Annual report of the Imperial Bacteriologist
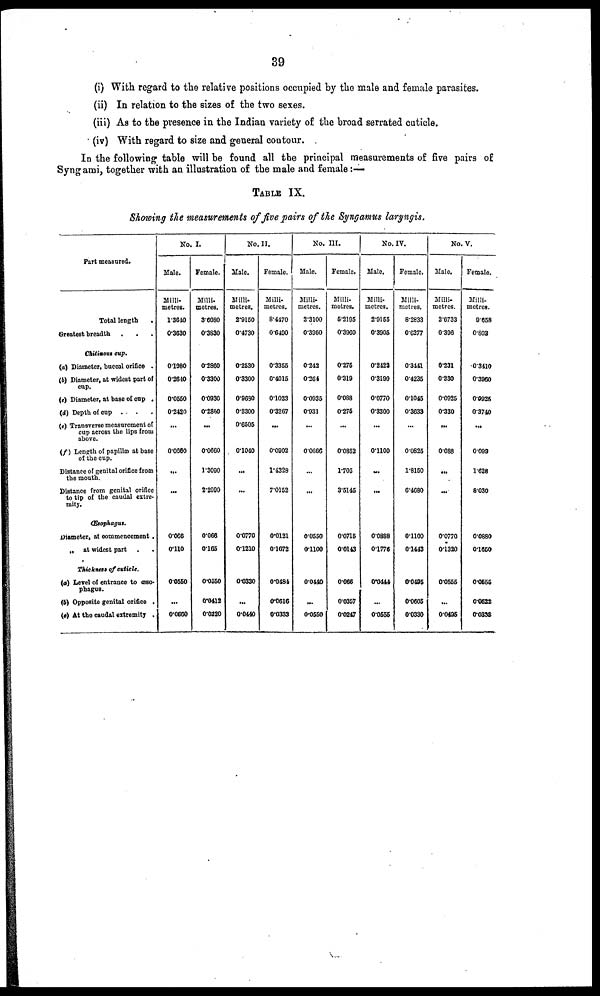
39
(i) With regard to the relative positions occupied by the male and female parasites.
(ii) In relation to the sizes of the two sexes.
(iii) As to the presence in the Indian variety of the broad serrated cuticle.
(iv) With regard to size and general contour.
IN the following table will be found all the principal measurements of five pairs of
Syngami, together with an illustration of the male and female:—
TABLE IX.
Showing the measurements of five pairs of the Syngamus laryngis.
Part measured.
Total length
.
Greatest breadth . . .
Chitinous cup.
(a) Diameter, buccal orifice .
(b) Diameter, at widest part of
cup.
(c) Diameter, at base of cup .
(d) Depth of cup .
. .
(e) Transverse measurement of
cup across the lips from
above.
(f) Length of papillæ at base
of the cup.
Distance of genital orifice from
the mouth.
Distance from genital orifice
to tip of the caudal extre-
mity.
Œsophagus.
Diameter, at commencement.
„ at widest part .
.
Thickness of cuticle.
(a) Level of entrance to œso-
phagus.
(b) Opposite genital orifice .
(c) At the caudal extremity .
No. I.
Male.
Milli-
metres.
1.3640
0.3630
0.1980
0.2640
0.0550
0.2420
...
0.0650
...
...
0.066
0.110
0.0550
...
0.0660
Female.
Milli-
metres.
3.6080
0.3830
0.2860
0.3300
0.0930
0.2860
...
0.0660
1.3090
2.2990
0.066
0.165
0.0550
0.0412
0.0220
No. II.
Male.
Milli.
metres.
2.9150
0.4730
0.2530
0.3300
0.9680
0.3300
0.6505
0.1040
...
...
0.0770
0.1210
0.0330
...
0.0440
Female.
Milli-
metres.
8.4470
0.6490
0.3355
0.4015
0.1023
0.3267
...
0.0902
1.4328
7.0152
0.0121
0.1672
0.0484
0.0616
0.0333
No. III.
Male.
Milli-
metres.
2.3100
0.3960
0.242
0.264
0.0935
0.931
...
0.0666
...
...
0.0550
0.1100
0.0440
...
0.0550
Female.
Milli.
metres.
5.2195
0.3960
0.275
0.319
0.088
0.275
...
0.0852
1.705
3.5145
0.0715
0.0143
0.066
0.0357
0.0247
No. IV.
Male.
Milli.
metres.
2.9155
0.3905
0.2422
0.3190
0.0770
0.3300
...
0.1100
...
...
0.0888
0.1776
0.0444
...
0.0555
Female.
Milli.
metres.
8.2833
0.6277
0.3441
0.4235
0.1045
0.3633
...
0.0825
1.8150
6.4680
0.1100
0.1443
0.0495
0.0605
0.0330
No. V.
Male.
Milli.
metres.
2.6733
0.396
0.231
0.330
0.0925
0.330
...
0.088
...
...
0.0770
0.1320
0.0555
...
0.0495
Female.
Milli-
metres.
9.658
0.803
0.3410
0.3960
0.0925
0.3740
...
0.099
1.628
8.030
0.0880
0.1650
0.0555
0.0522
0.0333